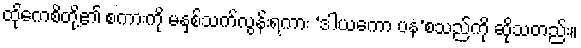
ထိုကေစိတို့၏ စကားကို မနှစ်သက်လွန်းရကား ‘ဒါယကော ပန’စသည်ကို ဆိုသတည်း။